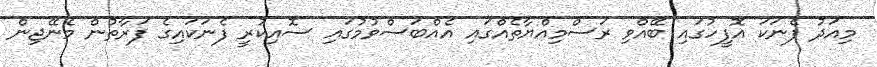
މިއަދު ފެނަކަ އޮފީހުގައި ބޭއްވި ރަސްމިއްޔާތެއްގައި އެއްބަސްވުމުގައި ސޮއިކުރީ ފެނަކައިގެ ފަރާތުން މެނޭޖިން